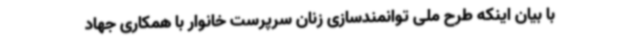
با بیان اینکه طرح ملی توانمندسازی زنان سرپرست خانوار با همکاری جهاد